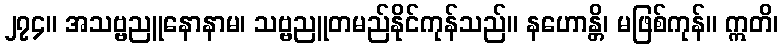
၂၇၄။ အသဗ္ဗညူနောနာမ၊ သဗ္ဗညူတမည်နိုင်ကုန်သည်။ နဟောန္တိ၊ မဖြစ်ကုန်။ ဣတိ၊